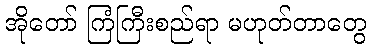
အိုတော် ကြံကြီးစည်ရာ မဟုတ်တာတွေ